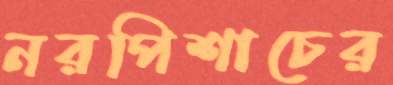
নরপিশাচের